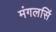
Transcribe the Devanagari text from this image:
मंगलसिं